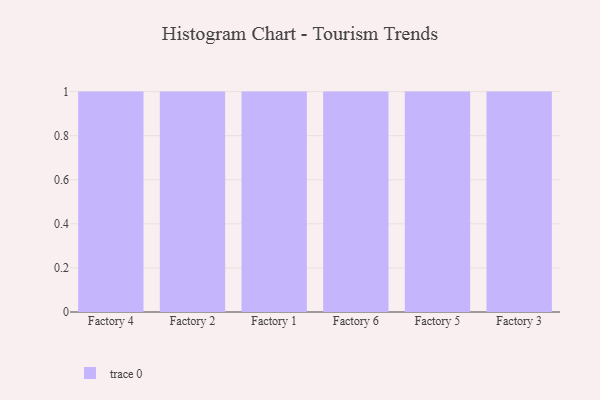
{"axis": {"x": "Factory", "y": "Budget (USD K)"}, "legend": [""], "data": [{"x": "Factory 4", "y": 99, "type": ""}, {"x": "Factory 2", "y": 61, "type": ""}, {"x": "Factory 1", "y": 21, "type": ""}, {"x": "Factory 6", "y": 89, "type": ""}, {"x": "Factory 5", "y": 27, "type": ""}, {"x": "Factory 3", "y": 69, "type": ""}]}